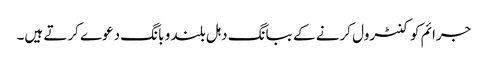
جرائم کو کنٹرول کرنے کے ببانگ دہل بلند و بانگ دعوے کرتے ہیں۔